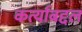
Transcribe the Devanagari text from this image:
कर्त्याबद्दल